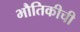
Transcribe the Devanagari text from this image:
भौतिकीची